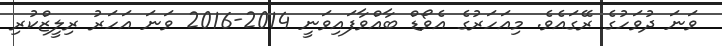
ވަނަ ދުވަހުގެ ރޭގައެވެ. މިއަހަރުގެ އެވޯޑް ބާއްވާފައިވަނީ 2014-2016 ވަނަ އަހަރު ރިލީޒްކުރި